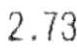
2.73